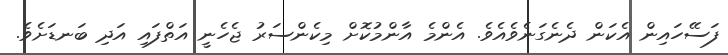
ފަސޭހައިން އެކަން ދެނެގަނެވެއެވެ. އެންމެ އާންމުކޮށް މިކެންސަރު ޖެހެނީ އަތްފައި އަދި ބަނޑަށެވެ.